Madras plague regulations in force outside the Presidency town - Volume 2
Disease focus: Plague
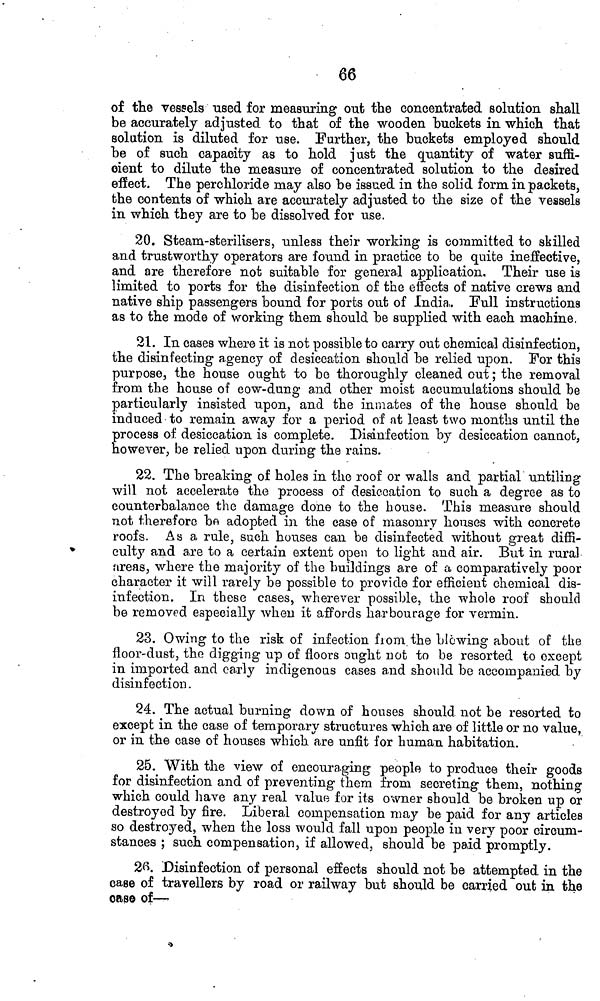
66
of the vessels used for measuring out the concentrated solution shall
be accurately adjusted to that of the wooden buckets in which that
solution is diluted for use. Further, the buckets employed should
be of such capacity as to hold just the quantity of water suffi-
cient to dilute the measure of concentrated solution to the desired
effect. The perchloride may also be issued in the solid form in packets,
the contents of which are accurately adjusted to the size of the vessels
in which they are to be dissolved for use.
20. Steam-sterilisers, unless their working is committed to skilled
and trustworthy operators are found in practice to be quite ineffective,
and are therefore not suitable for general application. Their use is
limited to ports for the disinfection of the effects of native crews and
native ship passengers bound for ports out of India. Full instructions
as to the mode of working them should be supplied with each machine,
21. In cases where it is not possible to carry out chemical disinfection,
the disinfecting agency of desiccation should be relied upon. For this
purpose, the house ought to be thoroughly cleaned out ; the removal
from the house of cow-dung and other moist accumulations should be
particularly insisted upon, and the inmates of the house should be
induced to remain away for a period of at least two months until the
process of desiccation is complete. Disinfection by desiccation cannot,
however, be relied upon during the rains.
22. The breaking of holes in the roof or walls and partial untiling
will not accelerate the process of desiccation to such a degree as to
counterbalance the damage done to the house. This measure should
not therefore be adopted in the case of masonry houses with concrete
roofs. As a rule, such houses can be disinfected without great diffi-
culty and are to a certain extent open to light and air. But in rural
areas, where the majority of the buildings are of a comparatively poor
character it will rarely be possible to provide for efficient chemical dis-
infection. In these cases, wherever possible, the whole roof should
be removed especially when it affords harbourage for vermin.
23. Owing to the risk of infection from the blowing about of the
floor-dust, the digging up of floors ought not to be resorted to except
in imported and early indigenous cases and should be accompanied by
disinfection.
24. The actual burning down of houses should, not be resorted to
except in the case of temporary structures which are of little or no value,
or in the case of houses which are unfit for human habitation.
25. With the view of encouraging people to produce their goods
for disinfection and of preventing them from secreting them, nothing
which could have any real value for its owner should be broken up or
destroyed by fire. Liberal compensation may be paid for any articles
so destroyed, when the loss would fall upon people in very poor circum-
stances ; such compensation, if allowed, should be paid promptly.
26. Disinfection of personal effects should not be attempted in the
case of travellers by road or railway but should be carried out in the
case of—